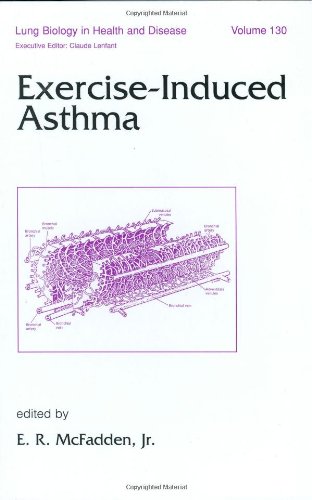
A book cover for Exercise-Induced Asthma (Lung Biology in Health and Disease); E. R. McFadden; Health, Fitness & Dieting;